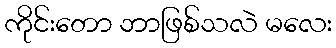
ကိုင်းတော ဘာဖြစ်သလဲ မလေး